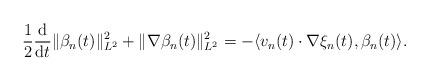
LaTeX: \begin{align*}\frac 12 \frac{\rm d}{{\rm d}t} \|\beta_n(t)\|^2_{L^2}+ \|\nabla \beta_n(t)\|_{L^2}^2= - \langle v_n(t) \cdot \nabla \xi_n(t), \beta_n(t)\rangle.\end{align*}